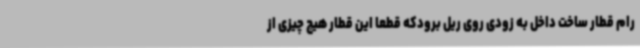
رام قطار ساخت داخل به زودی روی ریل برودکه قطعا این قطار هیچ چیزی از